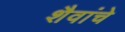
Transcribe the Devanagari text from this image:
शैवांचे